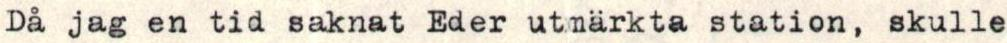
Då jag en tid saknat Eder utmärkta station, skulle